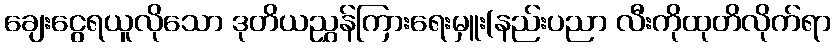
ချေးငွေရယူလိုသော ဒုတိယညွှန်ကြားရေးမှူး(နည်းပညာ လီးကိုထုတိလိုက်ရာ